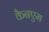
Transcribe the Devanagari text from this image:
कैनएम